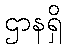
ဌာနရှိ